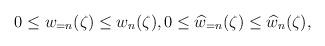
LaTeX: \begin{align*} 0\leq w_{=n}(\zeta)\leq w_{n}(\zeta), 0\leq \widehat{w}_{=n}(\zeta)\leq \widehat{w}_{n}(\zeta), \end{align*}